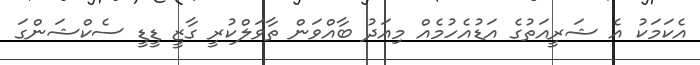
އެކަމަކު އެ ޝަރީއަތުގެ އަޑުއެހުމެއް މިއަދު ބާއްވަން ތާވަލްކުރީ ގާޒީ ޑީޑީ ސެކްޝަންގަ